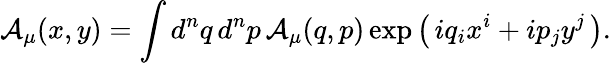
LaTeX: {\mathcal{A}}_{\mu}(x,y)=\int d^{n}q\, d^{n}p\, {\mathcal{A}}_{\mu}(q,p)\exp\left(\, iq_{i}x^{i}+ip_{j}y^{j}\, \right).